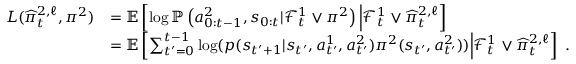
\begin{array} { r l } { L ( \widehat { \pi } _ { t } ^ { 2 , \ell } , \pi ^ { 2 } ) } & { = \mathbb E \left[ \log \mathbb P \left( a _ { 0 : t - 1 } ^ { 2 } , s _ { 0 : t } | \mathcal F _ { t } ^ { 1 } \vee \pi ^ { 2 } \right) \Big | \mathcal F _ { t } ^ { 1 } \vee \widehat { \pi } _ { t } ^ { 2 , \ell } \right] } \\ & { = \mathbb E \left[ \sum _ { t ^ { \prime } = 0 } ^ { t - 1 } \log ( p ( s _ { t ^ { \prime } + 1 } | s _ { t ^ { \prime } } , a _ { t ^ { \prime } } ^ { 1 } , a _ { t ^ { \prime } } ^ { 2 } ) \pi ^ { 2 } ( s _ { t ^ { \prime } } , a _ { t ^ { \prime } } ^ { 2 } ) ) \Big | \mathcal F _ { t } ^ { 1 } \vee \widehat { \pi } _ { t } ^ { 2 , \ell } \right] \ . } \end{array}